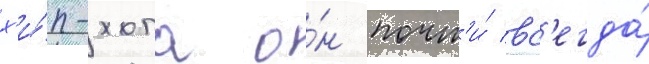
х'и́п-хопа о́н почт'и́ вс'егда́